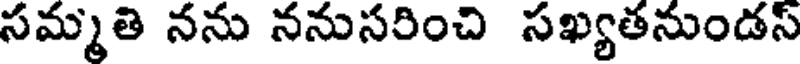
సమ్మతి నను ననుసరించి సఖ్యతనుండస్